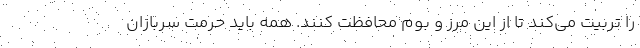
را تربیت می‌کند تا از این مرز و بوم محافظت کنند. همه باید حرمت سربازان